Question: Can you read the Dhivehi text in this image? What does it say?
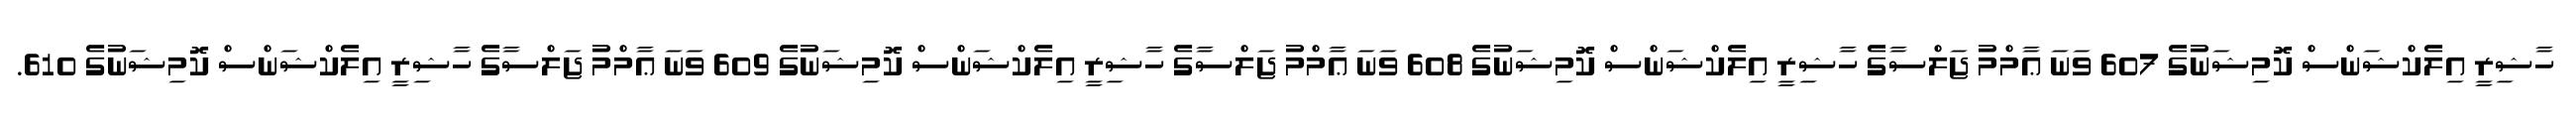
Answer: ހާޝިރީ އިލެކްޝަންސް ކޮމިޝަނުގެ 607 ވަނަ ޢާމްމު ޖަލްސާގެ ހާޝިރީ އިލެކްޝަންސް ކޮމިޝަނުގެ 608 ވަނަ ޢާމްމު ޖަލްސާގެ ހާޝިރީ އިލެކްޝަންސް ކޮމިޝަނުގެ 609 ވަނަ ޢާމްމު ޖަލްސާގެ ހާޝިރީ އިލެކްޝަންސް ކޮމިޝަނުގެ 610.